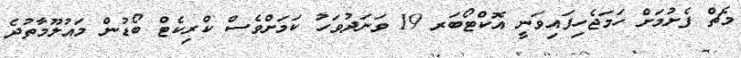
މެޗް ފެށުމަށް ހަމަޖެހިފައިވަނީ އޮކްޓޯބަރ 19 ވަނަދުވަހު ކަމަށްވެސް ކްރިކެޓް ބޯޑުން މައުލޫމާތުދެ